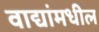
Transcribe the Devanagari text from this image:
वाद्यांमधील